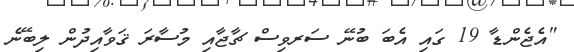
"އެޖެންޑާ 19 ގައި އެބަ ބުނޭ ސަރވިސް ޗާޖާއި މުސާރަ ޤަވާއިދުން ލިބޭނެ